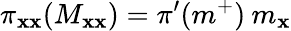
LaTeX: \pi_{\mathbf{x}\mathbf{x}}(M_{\mathbf{x}\mathbf{x}})=\pi^{\prime}(m^{+})\: m_{\mathbf{x}}